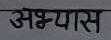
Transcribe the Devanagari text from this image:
अभ्यास